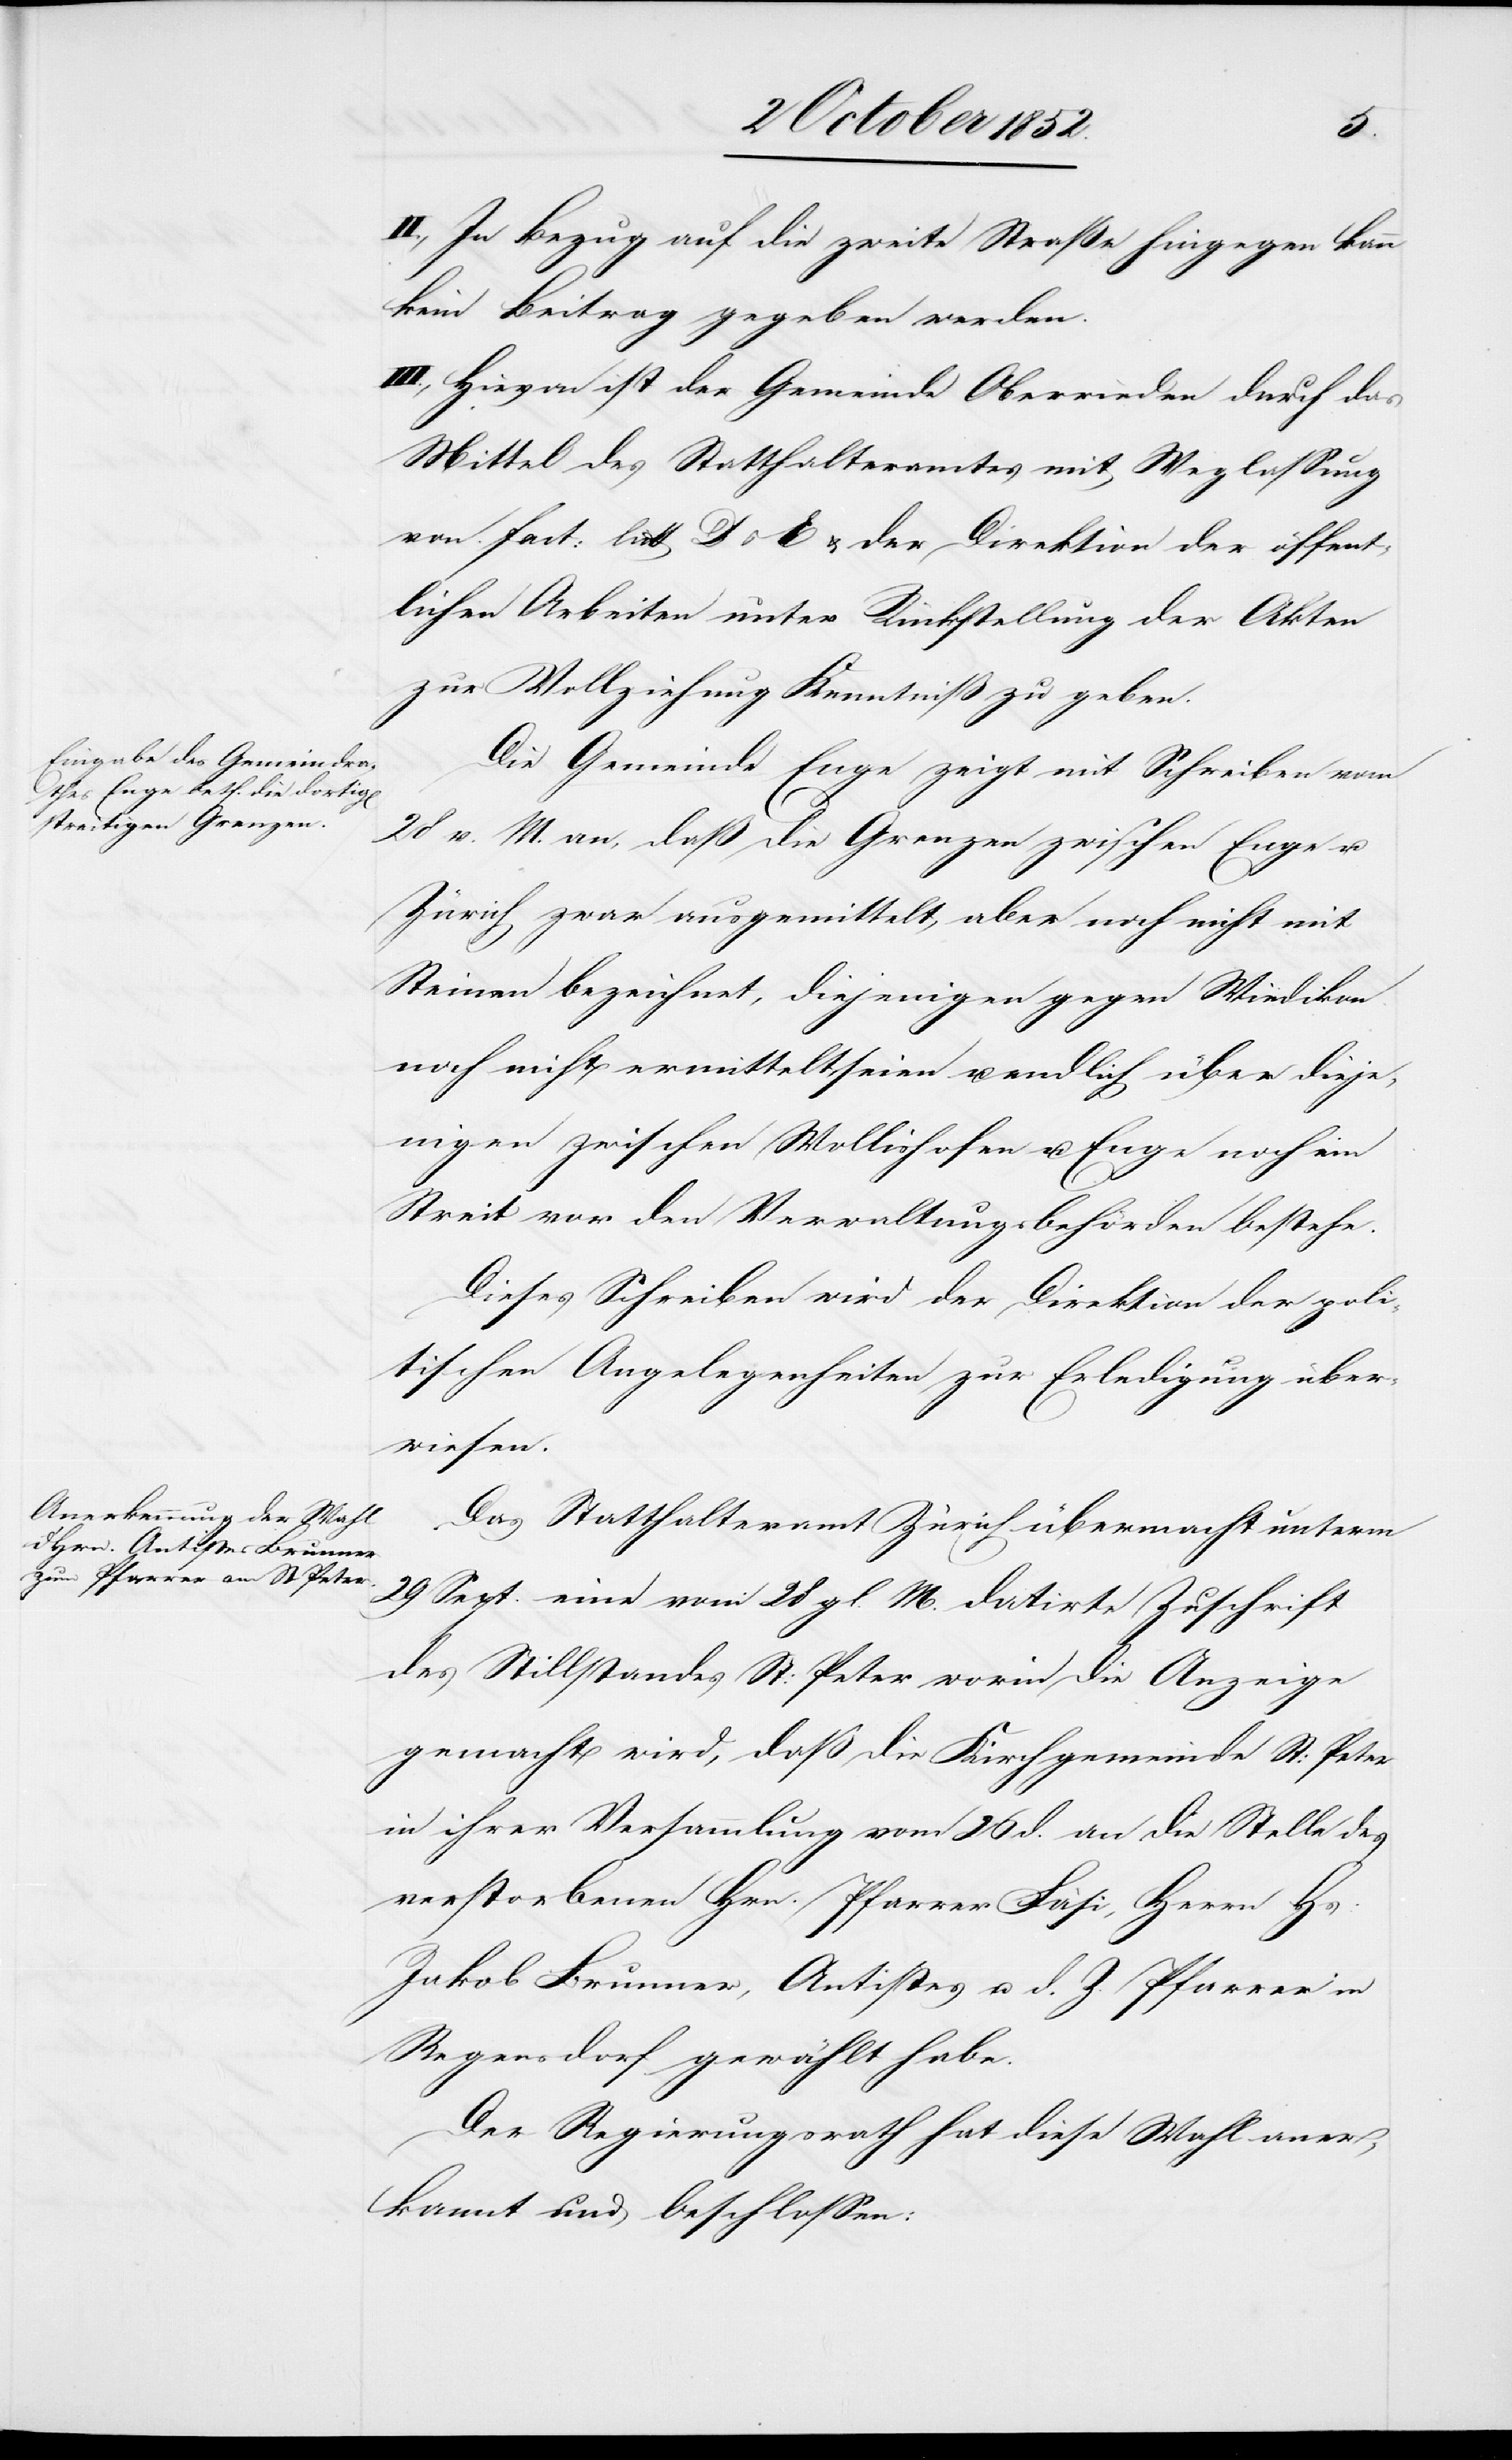
II., In Bezug auf die zweite Straße hingegen kann
kein Beitrag gegeben werden.
III., Hievon ist der Gemeinde Oberrieden durch das
Mittel des Statthalteramtes mit Weglassung
von Fact: litt D & E & der Direktion der öffent¬
lichen Arbeiten unter Rückstellung der Akten
zur Vollziehung Kenntniß zu geben.
Die Gemeinde Enge zeigt mit Schreiben vom
28 v. M. an, daß die Grenzen zwischen Enge u.
Zürich zwar ausgemittelt, aber noch nicht mit
Steinen bezeichnet, diejenigen gegen Wiedikon
noch nicht ermittelt seien u. endlich über dieje¬
nigen zwischen Wollishofen u. Enge noch ein
Streit vor den Verwaltungsbehörden bestehe.
Dieses Schreiben wird der Direktion der poli¬
tischen Angelegenheiten zur Erledigung über¬
wiesen.
Das Statthalteramt Zürich übermacht unterm
29 Sept. eine vom 28 gl. M. datirte Zuschrift
des Stillstandes St: Peter worin die Anzeige
gemacht wird, daß die Kirchgemeinde St: Peter
in ihrer Versammlung vom 26 d. an die Stelle des
verstorbenen Hrn. Pfarrer Fäsi, Herrn Hs.
Jakob Brunner, Antistes u. d. Z. Pfarrer in
Regensdorf gewählt habe.
Der Regierungsrath hat diese Wahl aner¬
kannt und beschlossen: